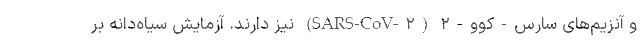
و آنزیم‌های سارس-کوو-۲ (SARS-CoV-۲) نیز دارند. آزمایش سیاه‌دانه بر